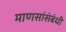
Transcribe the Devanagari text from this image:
माणसांसंबंधी